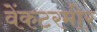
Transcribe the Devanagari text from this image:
वेंकटरमीर